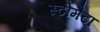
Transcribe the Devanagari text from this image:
स्टोमैटा